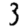
Digit: 3